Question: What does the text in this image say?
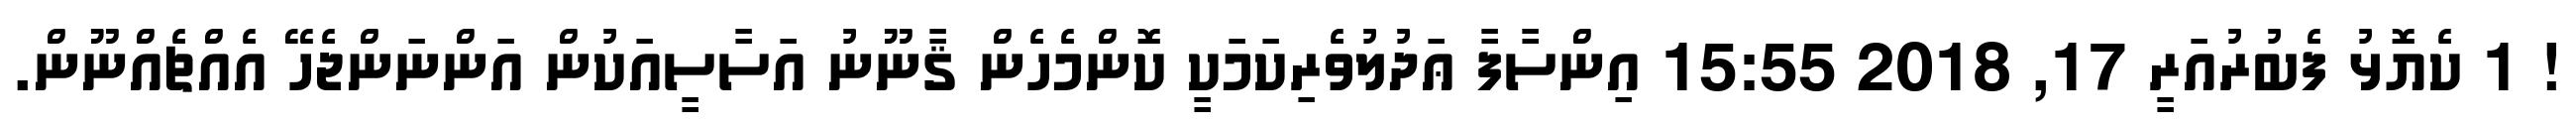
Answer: ! 1 ކެޔޮޅު ފެބުރުއަރީ 17, 2018 15:55 އިންސާފާ ޢަދުލުވެރިކަމަކީ ކޮންމެހެން ޤާނޫނު އަސާސީއަކުން އަންނަންޖެހޭ އެއްޗެއްނޫން.